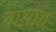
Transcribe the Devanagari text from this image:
वासोस